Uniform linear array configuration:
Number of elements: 48
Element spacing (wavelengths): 0.5
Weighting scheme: binomial
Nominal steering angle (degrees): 0
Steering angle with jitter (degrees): -1.332
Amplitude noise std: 0.05
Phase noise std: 0.05

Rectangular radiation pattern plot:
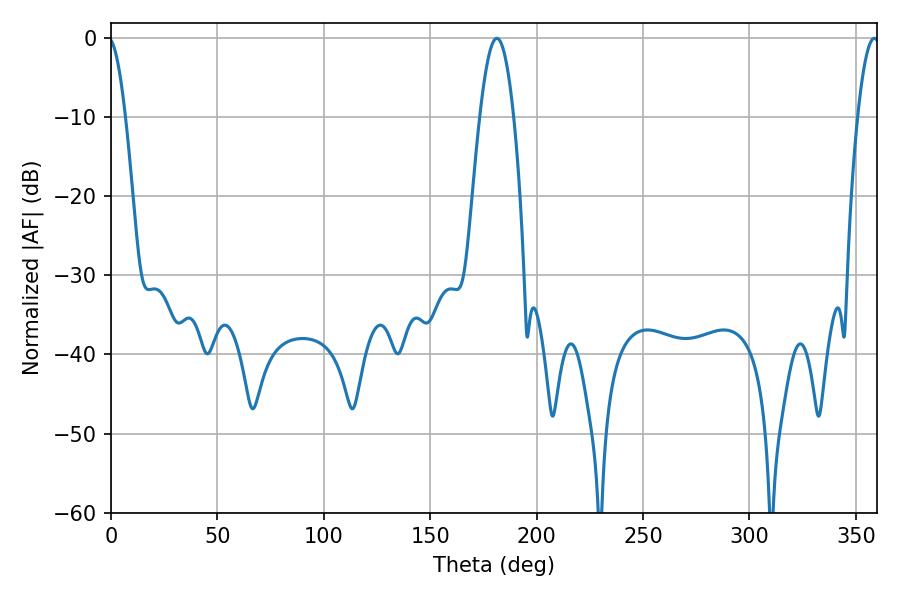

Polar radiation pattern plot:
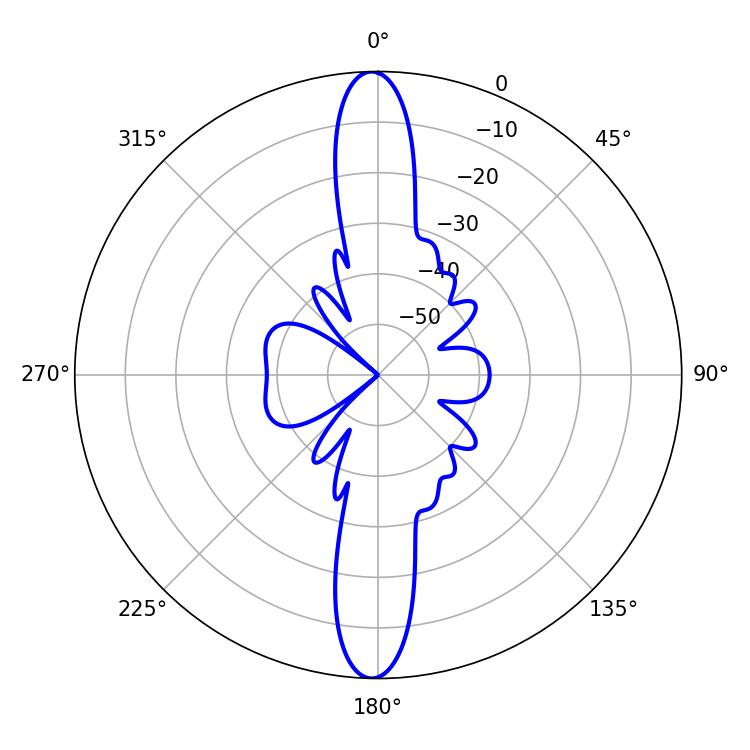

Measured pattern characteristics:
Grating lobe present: FALSE
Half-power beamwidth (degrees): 8.64
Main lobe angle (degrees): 181.26